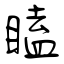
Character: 瞌